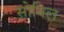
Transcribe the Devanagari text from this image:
सोयिल